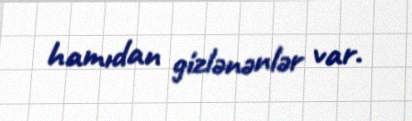
hamıdan gizlənənlər var.